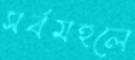
সর্বমহলে